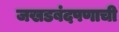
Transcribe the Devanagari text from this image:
जखडबंदपणाची